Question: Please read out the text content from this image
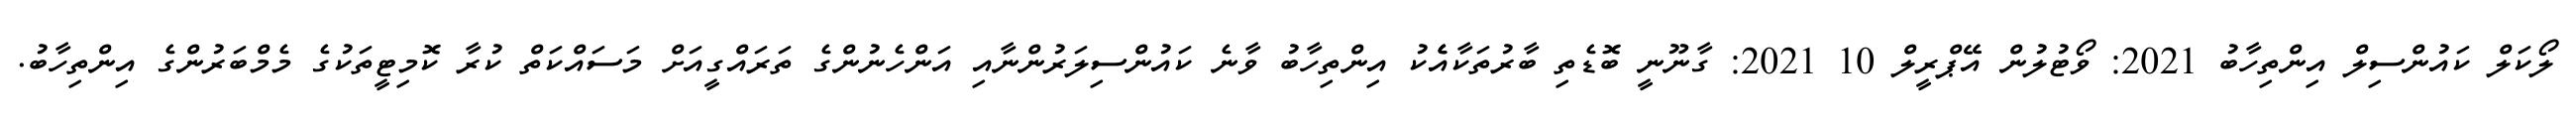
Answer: ލޯކަލް ކައުންސިލް އިންތިހާބު 2021: ވޯޓުލުން އޭޕްރީލް 10 2021: ގާނޫނީ ބޮޑެތި ބާރުތަކާއެެކު އިންތިހާބު ވާނެ ކައުންސިލަރުންނާއި އަންހެނުންގެ ތަރައްގީއަށް މަސައްކަތް ކުރާ ކޮމިޓީތަކުގެ މެމްބަރުންގެ އިންތިހާބު.